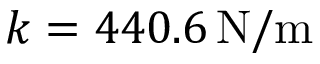
k = 4 4 0 . 6 \, \mathrm { N } / \mathrm { m }